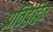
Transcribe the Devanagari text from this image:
प्रतिद्वंद्वित